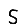
Digit: 5